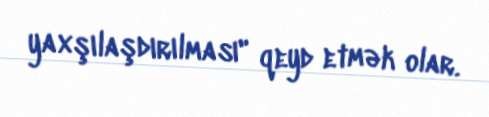
yaxşılaşdırılması" qeyd etmək olar.